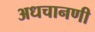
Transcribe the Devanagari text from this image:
अधचानणी